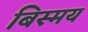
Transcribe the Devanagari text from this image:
बिस्मय